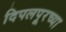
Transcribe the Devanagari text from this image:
दिपलपूरच्या